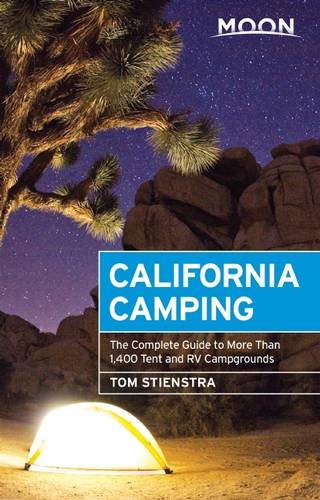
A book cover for Moon California Camping: The Complete Guide to More Than 1,400 Tent and RV Campgrounds (Moon Outdoors); Tom Stienstra; Sports & Outdoors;